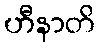
ဟီနာတိ